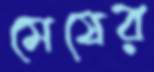
মেষের